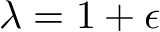
\lambda = 1 + \epsilon